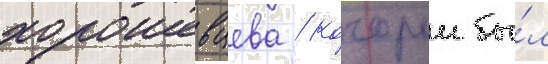
хорошевцева / которыи бы́л